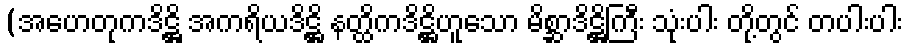
(အဟေတုကဒိဋ္ဌိ အကရိယဒိဋ္ဌိ နတ္ထိကဒိဋ္ဌိဟူသော မိစ္ဆာဒိဋ္ဌိကြီး သုံးပါး တို့တွင် တပါးပါး